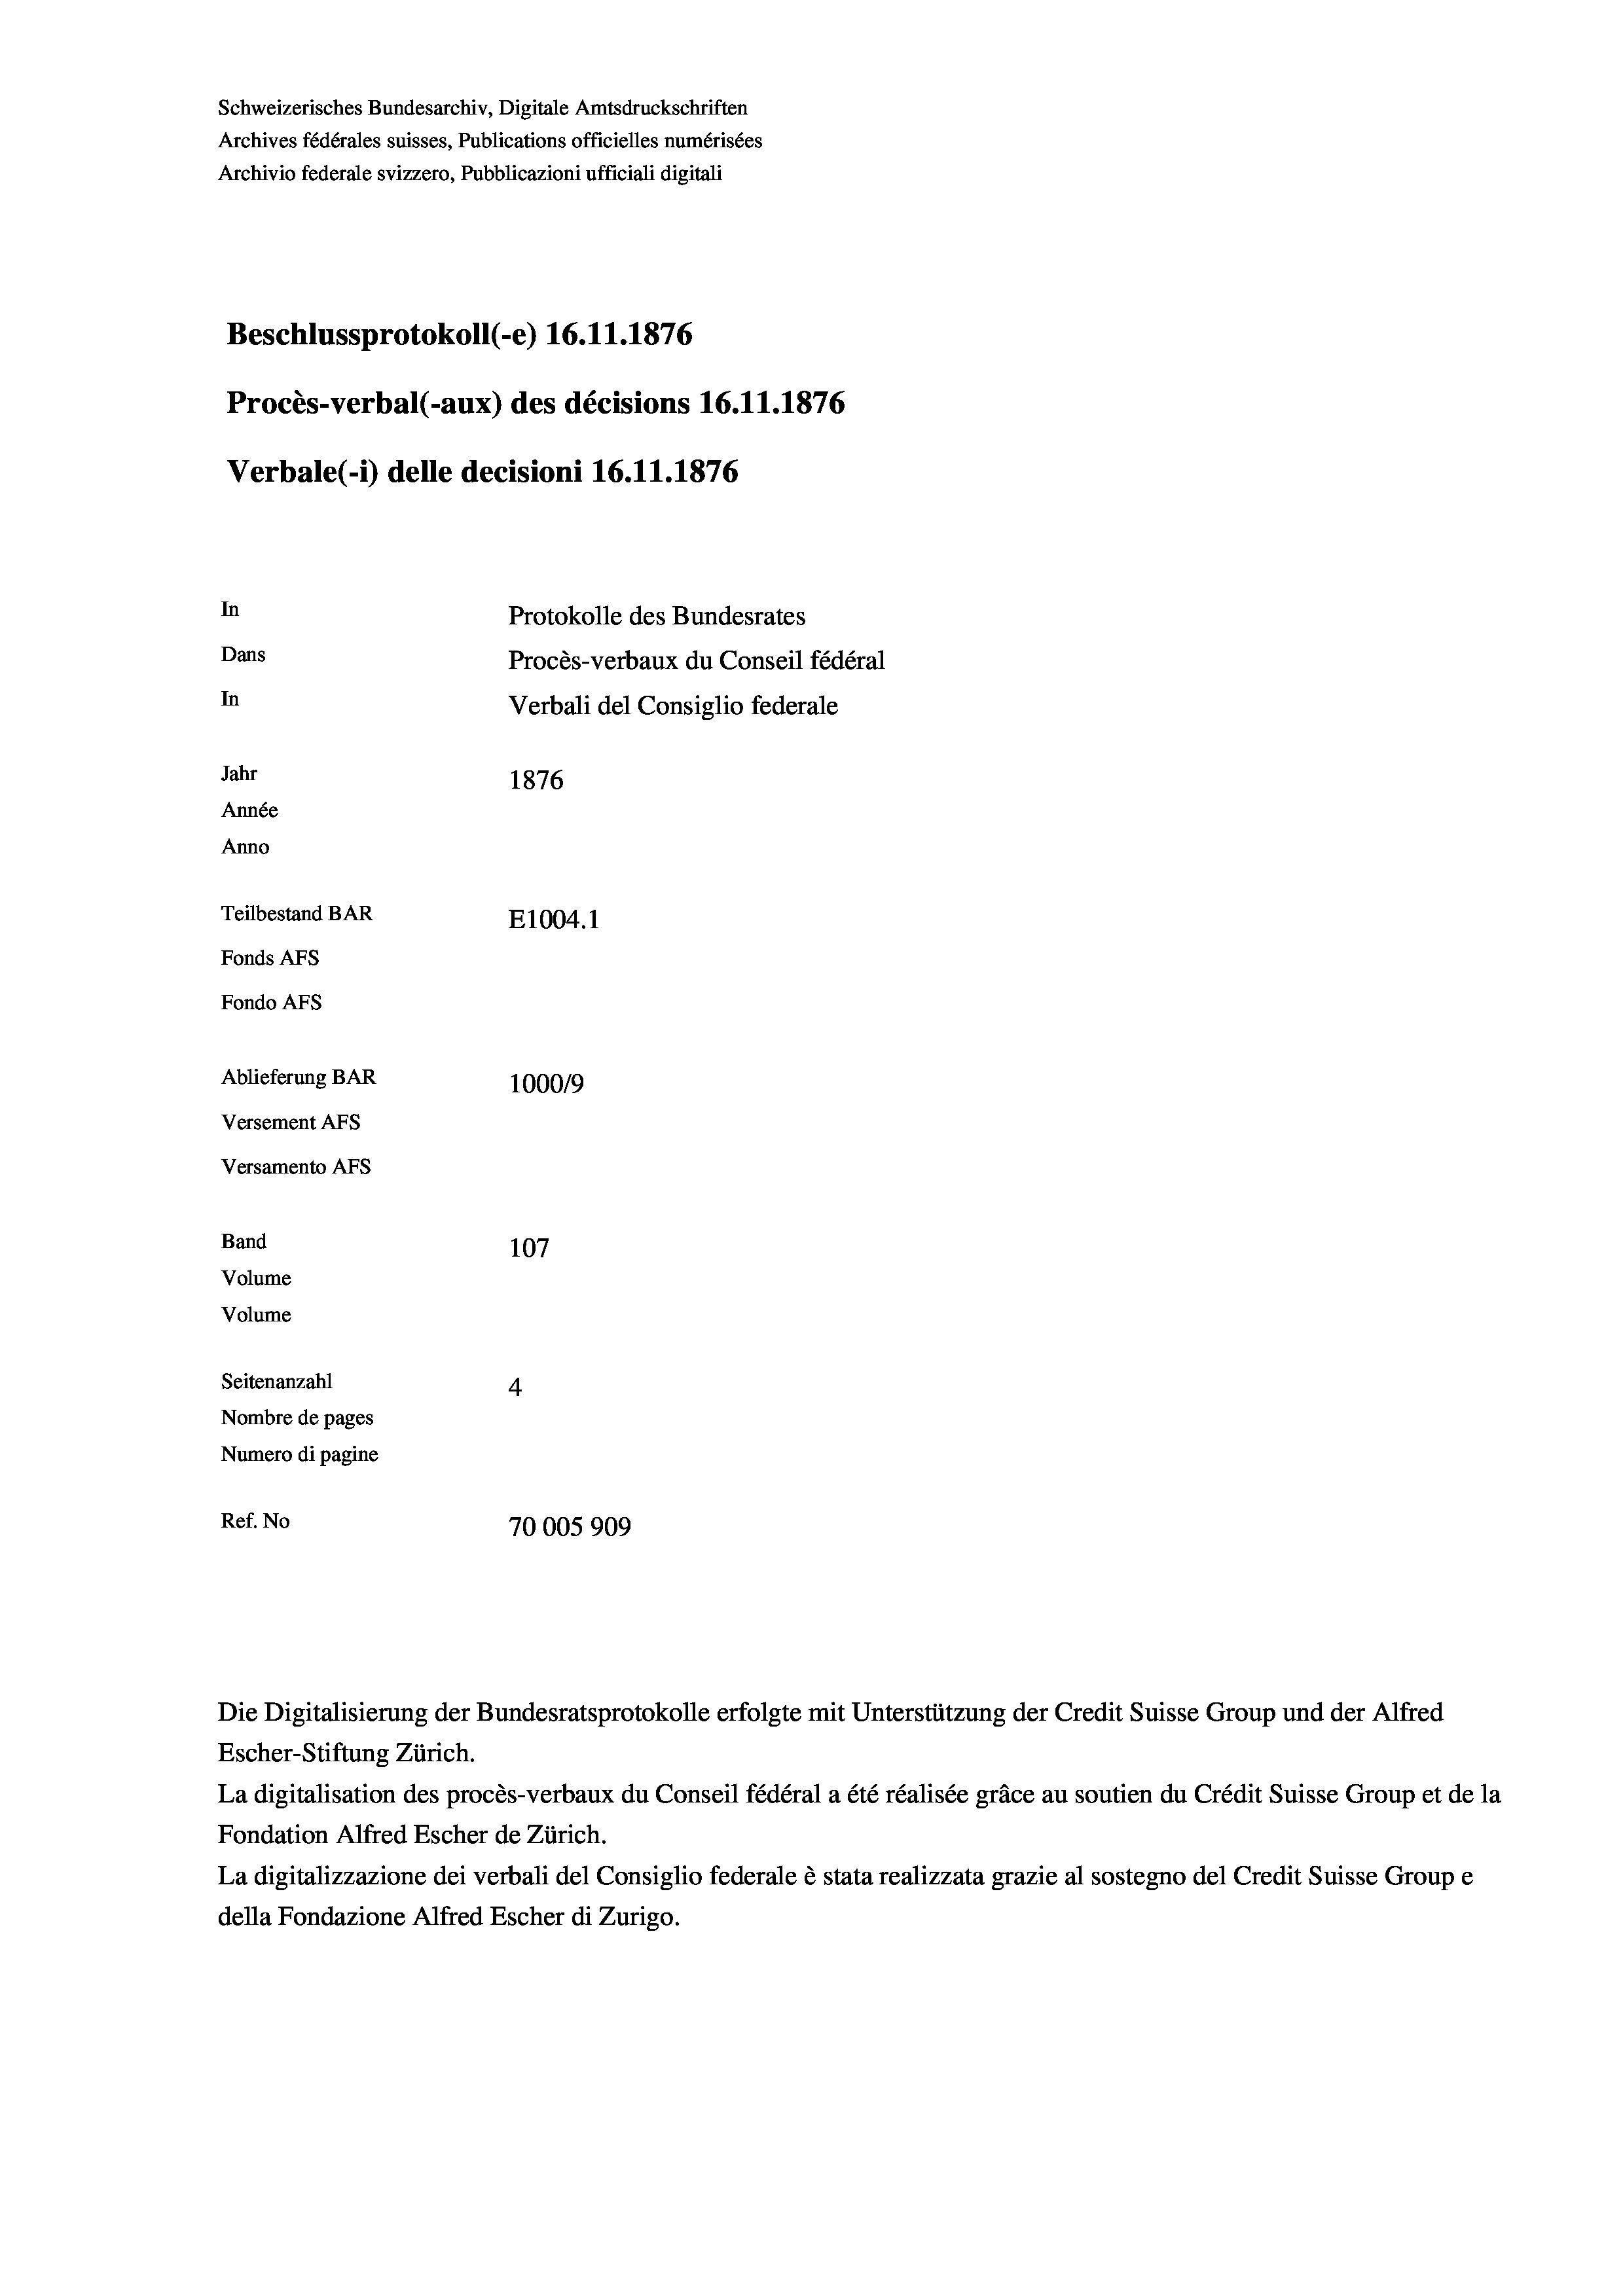
Schweizerisches Bundesarchiv, Digitale Amtsdruckschriften
Archives fédérales suisses, Publications officielles numérisées
Archivio federale svizzero, Pubblicazioni ufficiali digitali
Beschlussprotokoll (-e) 16.11.1876
Procès-verbal (-aux) des décisions 16.11.1876
Verbale (- 1) delle decisioni 16.11.1876
In
Protokolle des Bundesrates
Dans
Procès-verbaux du Conseil fédéral
In
Verbali del Consiglio federale
Jahr
1876
Année
Anno
Teilbestand BAR
E1004. 1
Fonds AFs
Fondo AFS
Ablieferung BAR
100019
Versement AFS
Versamento Afs
Band
107
Volume
Volume
Seitenanzahl
4
Nombre de pages
Numero di pagine
Ref. No
70005 909

Escher-Stiftung Zürich.
La digitalisation des procès-verbaux du Conseil fédéral a été réalisée gräce au soutien du Crédit Suisse Group et de la
Fondation Alfred Escher de Zürich.
La digitalizzazione dei verbali del Consiglio federale è stata realizzata grazie al sostegno del Credit Suisse Groupe
della Fondazione Alfred Escher di Zurigo.

Die Digitalisierung der Bundesratsprotokolle erfolgte mit Unterstützung der Credit Suisse Group und der Alfred